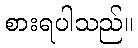
စားရပါသည်။